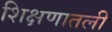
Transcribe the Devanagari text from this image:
शिक्षणातली